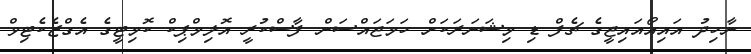
ނާހިދު އައިއޯއައިޖީގެ ޗެފް ޑި މިޝަނަރަކަށް ހަމަޖައްސަން ފާސްކުރީ އޮލިމްޕިކް ކޮމިޓީގެ އެގްޒެކެޓިވް